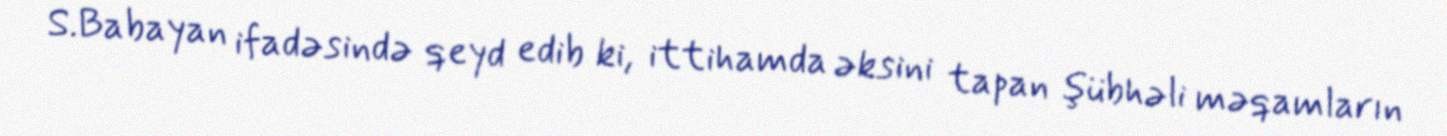
S.Babayan ifadəsində qeyd edib ki, ittihamda əksini tapan şübhəli məqamların